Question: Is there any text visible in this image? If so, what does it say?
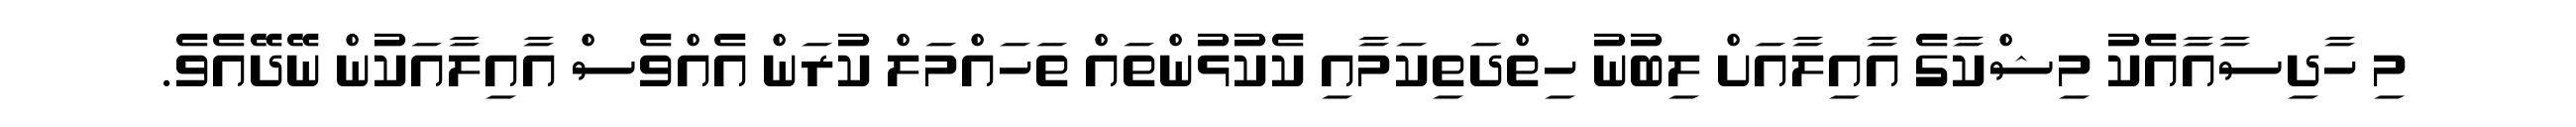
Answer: މި ހާދިސާއާއެކު މިޝްކާގެ އާއިލާއަށް ލިބުނު ހިތްދަތިކަމާއި ކެކުޅުންތައް ތަހައްމަލް ކުރަން އެއްވެސް އާއިލާއަކުން ނޭދޭއެވެ.